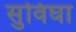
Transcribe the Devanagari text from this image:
सुविघा